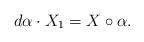
LaTeX: \begin{align*}d\alpha \cdot X_1=X\circ \alpha.\end{align*}